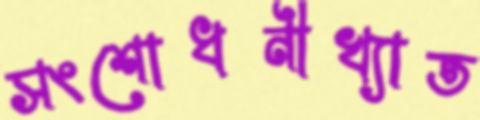
সংশোধনীখ্যাত